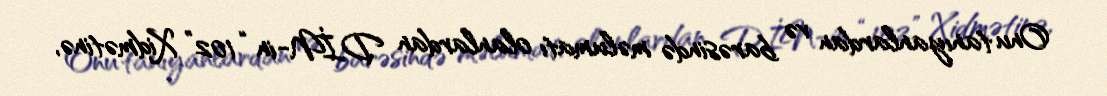
Onu tanıyanlardan və barəsində məlumatı olanlardan DİN-in “102” Xidmətinə,